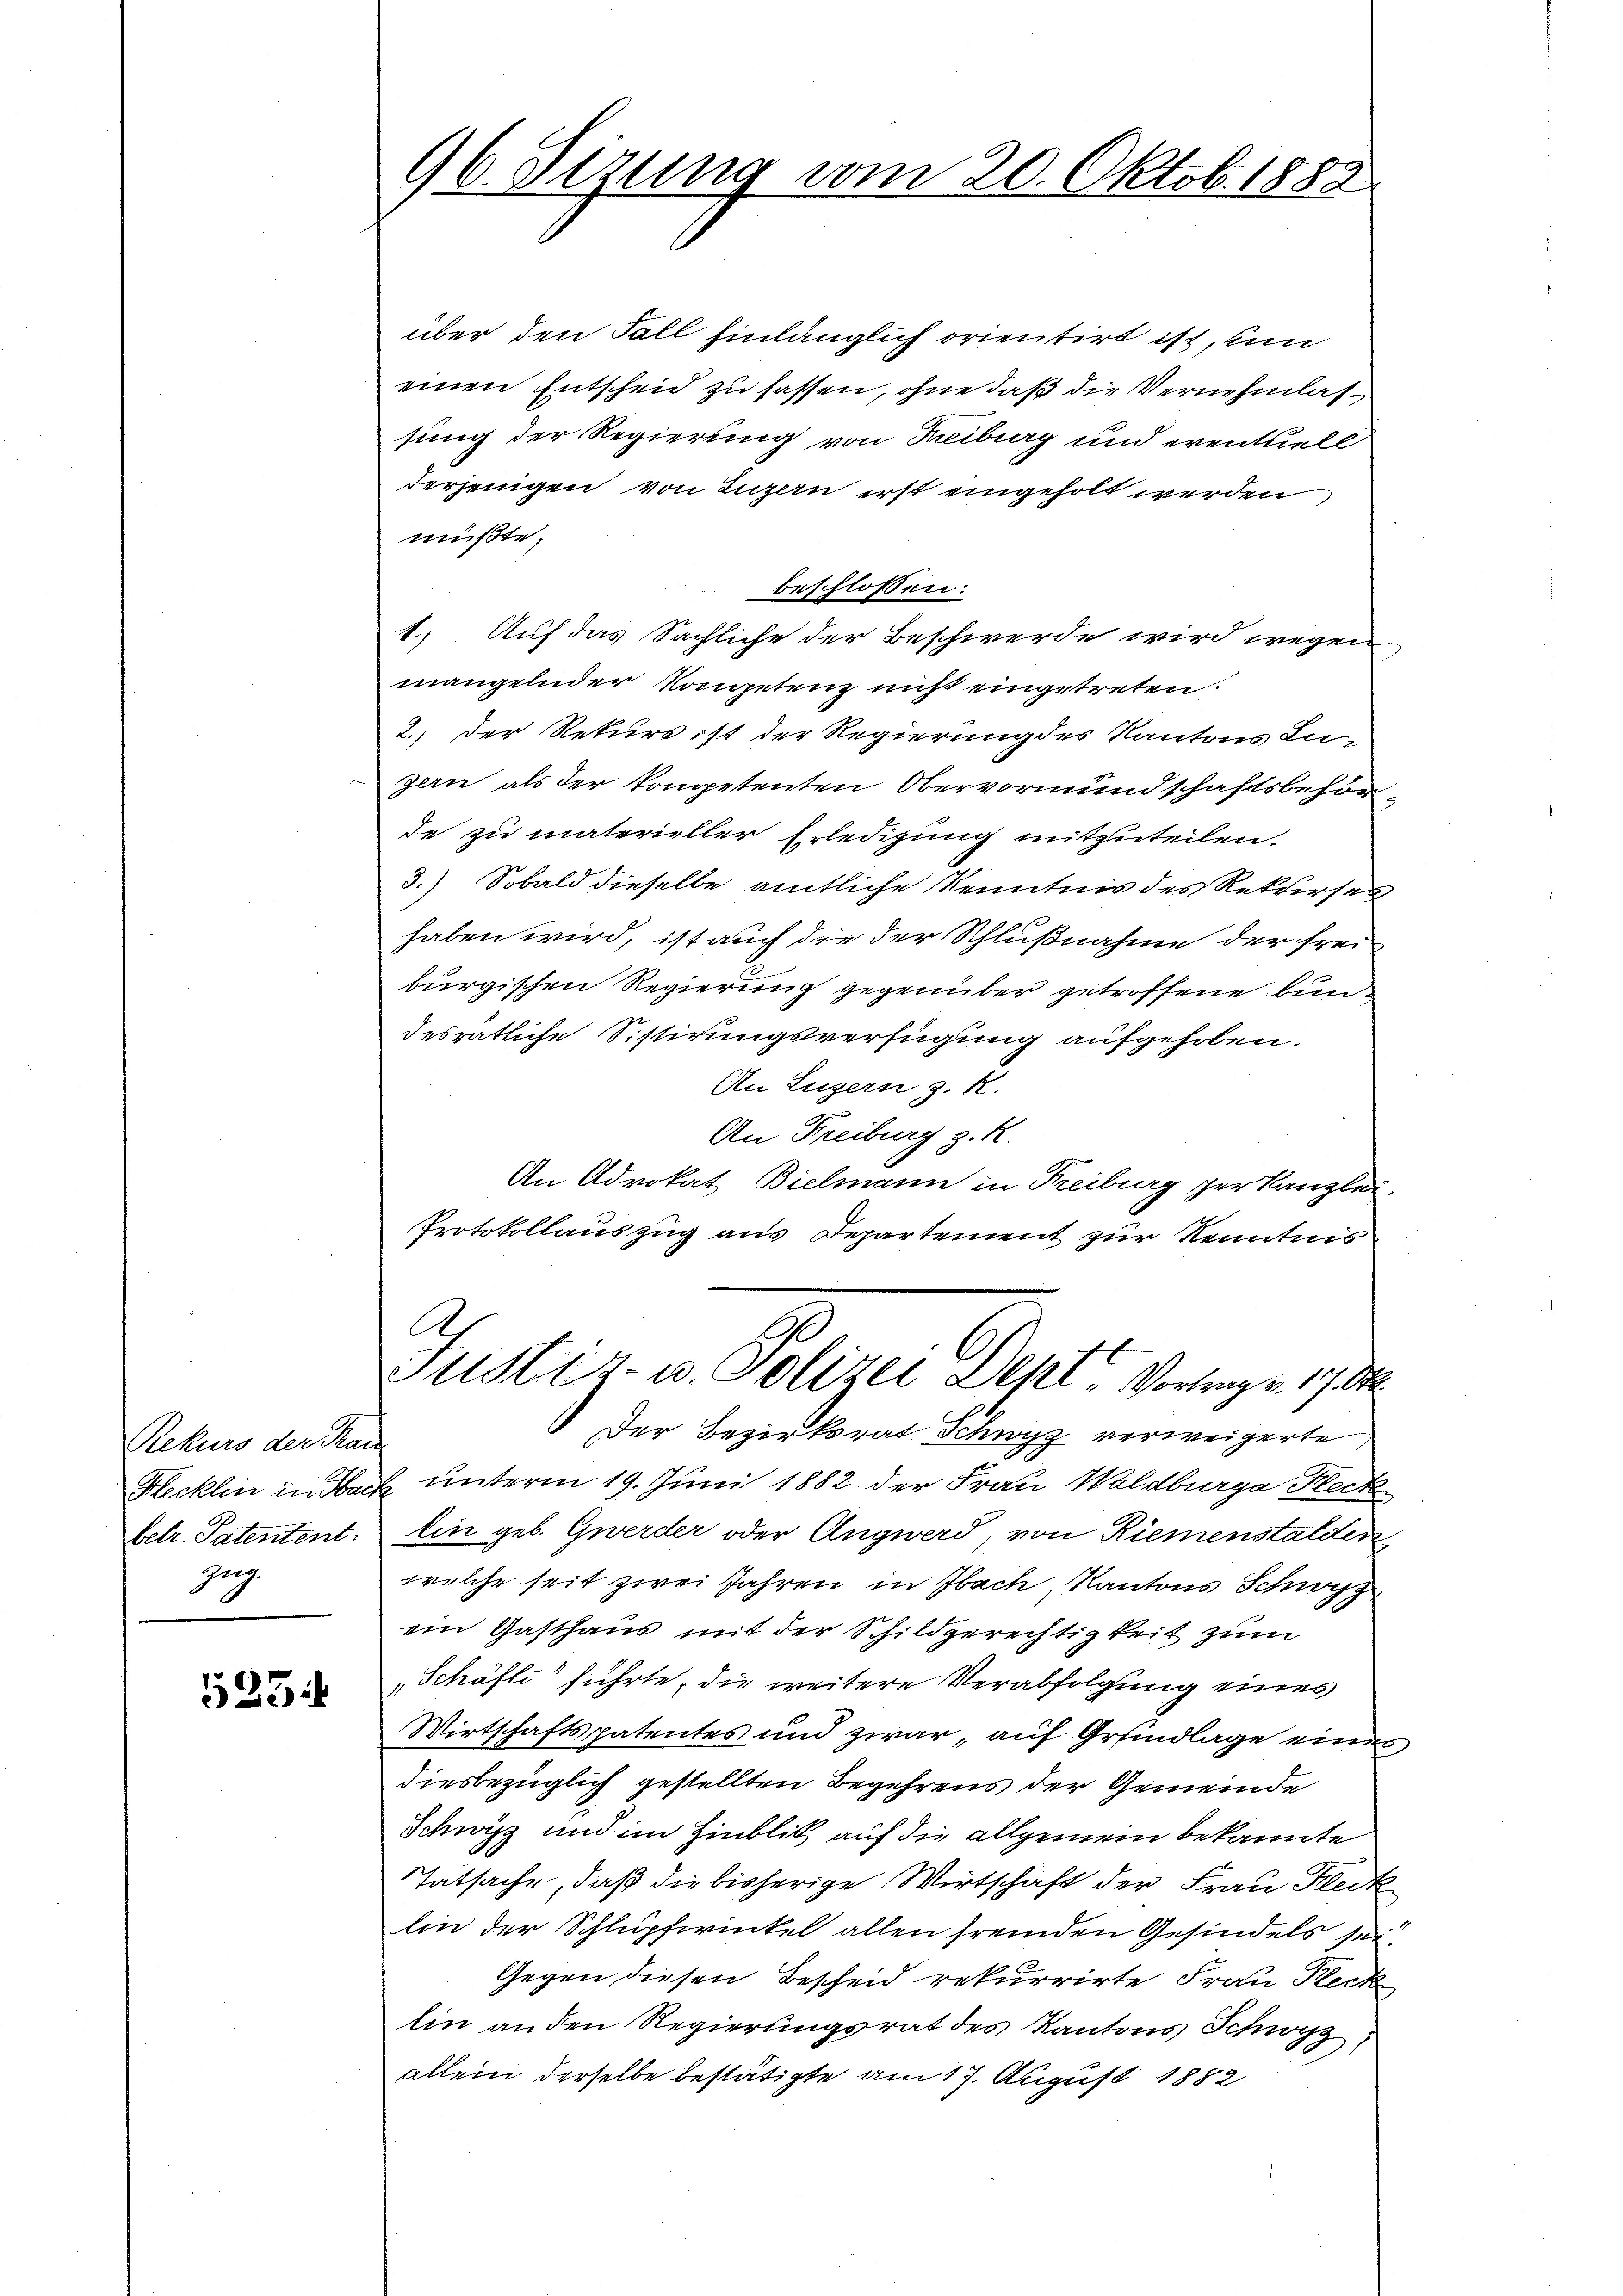
Rekurs der Kan
Hlecklin in Sac
betr. Patentent.
Zug.

525

96. Sizung vom 20. Oktob. 1888

über den Fall hinlänglich orientirt ist, um
einen Entscheid zu fassen, ohne daß die Vernehmlassung der Regierung von Freiburg und eventuell
derjenigen von Luzern erst eingeholt werden
müßte,
beschlossen:
1.) Auf das Sächliche der Beschwerde wird wegen
mangelnder Kompetenz nicht eingetreten.
2.) Der Rekurs ist der Regierung des Kantons Lu-
zern als der kompetenten Obervormundschaftsbehörde zu materieller Erledigung mitzuteilen.
3.) Sobald dieselbe amtliche Kenntnis des Rekurses
haben wird, ist auch die der Schlußnahme der frei
burgischen Regierung gegenüber getroffene Bundesrätliche Sistirungsverfügung aufgehoben.
An Luzern z. R.
An Freiburg z. R.
An Advokat Bielmann in Freiburg zur Kanzlei
Protokollauszug aus Departement zur Kenntnis
A
Justiz- u. Polizei Dept, Vortrag v. 17 dk
Der Bezirksrat Schwyz verweigerte
& unterm 19. Juni 1882 der Frau Waldburge Heck
lin geb. Gwerder oder Angwerd, von Riemenstalden
welche seit zwei Jahren in Ibach Kantons Schwyz
ein Gasthaus mit der Schildgerechtigkeit zum
„Schäfti führte, die weitere Verabfolgung eines
Wirtschaftspatentes und zwar, auf Grundlage einen
diesbezüglich gestellten Begehrens der Gemeinde
Schwyz und im Hinblick auf die allgemein bekannte
Tatsache, daß die bisherige Wirtschaft der Frau Heck
lin der Schlupferintel allen fremden Gesindels sei.
Gegen diesen Bescheid rekurrirte Frau Fleck
lin an den Regierungsrat des Kantons Schwyz
allein derselbe bestätigte am 17. August 1882